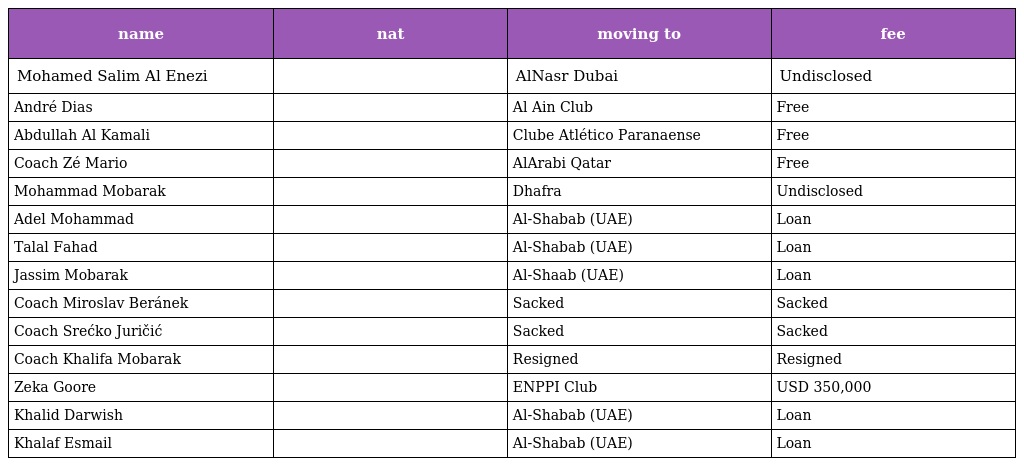
| name | nat | moving to | fee |
 | --- | --- | --- | --- |
 | Mohamed Salim Al Enezi |  | AlNasr Dubai | Undisclosed |
 | André Dias |  | Al Ain Club | Free |
 | Abdullah Al Kamali |  | Clube Atlético Paranaense | Free |
 | Coach Zé Mario |  | AlArabi Qatar | Free |
 | Mohammad Mobarak |  | Dhafra | Undisclosed |
 | Adel Mohammad |  | Al-Shabab (UAE) | Loan |
 | Talal Fahad |  | Al-Shabab (UAE) | Loan |
 | Jassim Mobarak |  | Al-Shaab (UAE) | Loan |
 | Coach Miroslav Beránek |  | Sacked | Sacked |
 | Coach Srećko Juričić |  | Sacked | Sacked |
 | Coach Khalifa Mobarak |  | Resigned | Resigned |
 | Zeka Goore |  | ENPPI Club | USD 350,000 |
 | Khalid Darwish |  | Al-Shabab (UAE) | Loan |
 | Khalaf Esmail |  | Al-Shabab (UAE) | Loan |